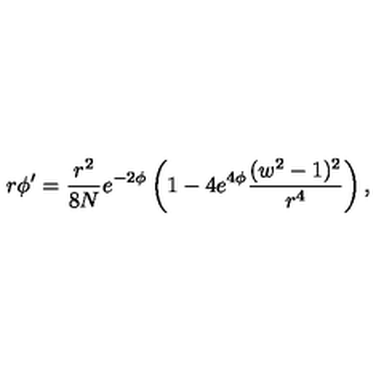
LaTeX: r \phi ^ { \prime } = \frac { r ^ { 2 } } { 8 N } e ^ { - 2 \phi } \left( 1 - 4 e ^ { 4 \phi } \frac { ( w ^ { 2 } - 1 ) ^ { 2 } } { r ^ { 4 } } \right) ,